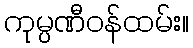
ကုမ္ပဏီဝန်ထမ်း။